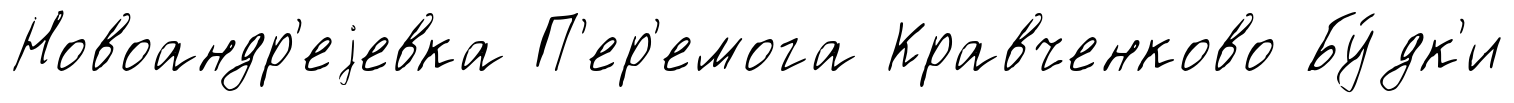
Новоандр'еjевка П'ер'емога Кравченково Бу́дк'и